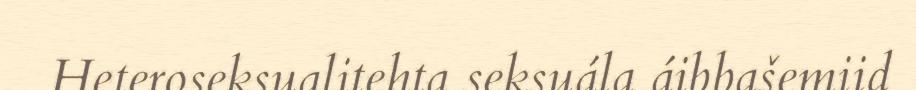
Heteroseksualitehta seksuála áibbašemiid